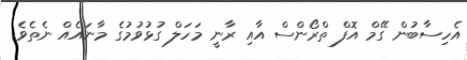
އެހިސާބުން ގޭމް އޮފް ތްރޯންސް އާއި ރާނީ މަހަލް ގުޅުވުމުގެ މާނައެއް ނެތެވެ.